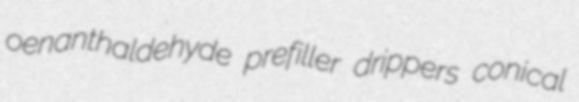
oenanthaldehyde prefiller drippers conical